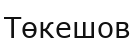
Төкешов